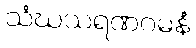
သံဃသရဏဂမနံ